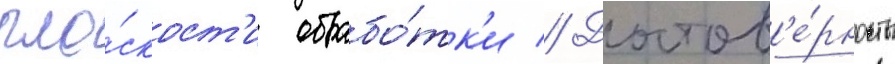
пло́скост'и обрабо́тк'и // Достов'е́рность